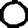
Digit: 0